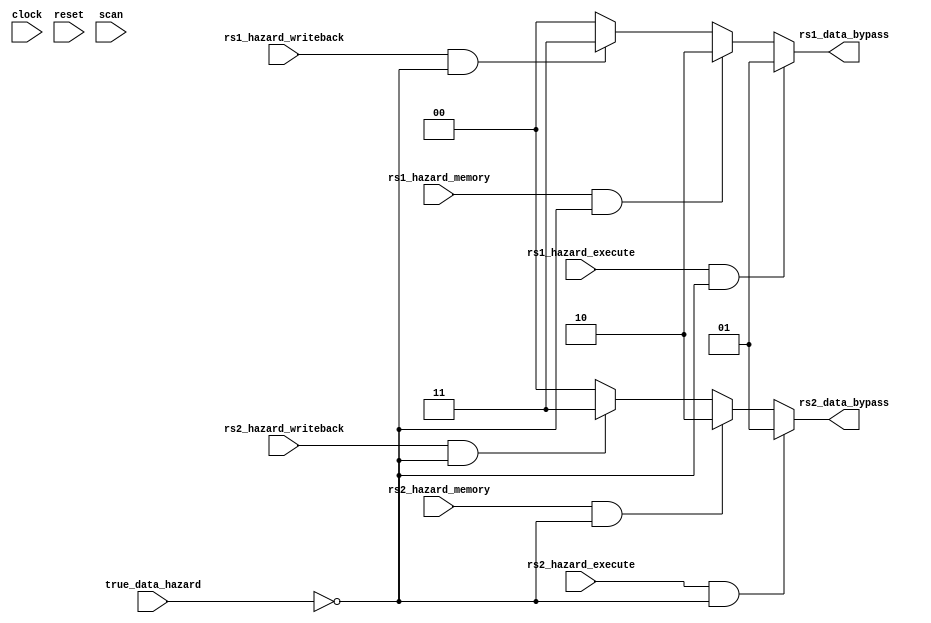
/** @module : five_stage_bypass_unit
 *  @author : Secure, Trusted, and Assured Microelectronics (STAM) Center

 *  Copyright (c) 2022 Trireme (STAM/SCAI/ASU)
 *  Permission is hereby granted, free of charge, to any person obtaining a copy
 *  of this software and associated documentation files (the "Software"), to deal
 *  in the Software without restriction, including without limitation the rights
 *  to use, copy, modify, merge, publish, distribute, sublicense, and/or sell
 *  copies of the Software, and to permit persons to whom the Software is
 *  furnished to do so, subject to the following conditions:
 *  The above copyright notice and this permission notice shall be included in
 *  all copies or substantial portions of the Software.

 *  THE SOFTWARE IS PROVIDED "AS IS", WITHOUT WARRANTY OF ANY KIND, EXPRESS OR
 *  IMPLIED, INCLUDING BUT NOT LIMITED TO THE WARRANTIES OF MERCHANTABILITY,
 *  FITNESS FOR A PARTICULAR PURPOSE AND NONINFRINGEMENT. IN NO EVENT SHALL THE
 *  AUTHORS OR COPYRIGHT HOLDERS BE LIABLE FOR ANY CLAIM, DAMAGES OR OTHER
 *  LIABILITY, WHETHER IN AN ACTION OF CONTRACT, TORT OR OTHERWISE, ARISING FROM,
 *  OUT OF OR IN CONNECTION WITH THE SOFTWARE OR THE USE OR OTHER DEALINGS IN
 *  THE SOFTWARE.
 */

module five_stage_bypass_unit #(
  parameter CORE            = 0,
  parameter SCAN_CYCLES_MIN = 0,
  parameter SCAN_CYCLES_MAX = 1000
) (
  input clock,
  input reset,

  input true_data_hazard,

  input rs1_hazard_execute,
  input rs1_hazard_memory,
  input rs1_hazard_writeback,

  input rs2_hazard_execute,
  input rs2_hazard_memory,
  input rs2_hazard_writeback,

  output [1:0] rs1_data_bypass,
  output [1:0] rs2_data_bypass,

  input scan
);


// Generate bypass mux control signal
assign rs1_data_bypass = (rs1_hazard_execute   & ~true_data_hazard) ? 2'b01 :
                         (rs1_hazard_memory    & ~true_data_hazard) ? 2'b10 :
                         (rs1_hazard_writeback & ~true_data_hazard) ? 2'b11 :
                         2'b00;

assign rs2_data_bypass = (rs2_hazard_execute   & ~true_data_hazard) ? 2'b01 :
                         (rs2_hazard_memory    & ~true_data_hazard) ? 2'b10 :
                         (rs2_hazard_writeback & ~true_data_hazard) ? 2'b11 :
                         2'b00;

reg [31: 0] cycles;
always @ (posedge clock) begin
  cycles <= reset? 0 : cycles + 1;
  if (scan  & ((cycles >= SCAN_CYCLES_MIN) & (cycles <= SCAN_CYCLES_MAX)) )begin
    $display ("------ Core %d Five Stage Bypass Unit - Current Cycle %d ------", CORE, cycles);
    $display ("| RS1 Data Bypass  [%b]", rs1_data_bypass);
    $display ("| RS2 Data Bypass  [%b]", rs2_data_bypass);
    $display ("----------------------------------------------------------------------");
  end
end



endmodule